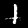
Label: 1